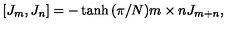
[ J _ { m } , J _ { n } ] = - \tanh { ( \pi / N ) m \times n } J _ { m + n } ,